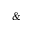
\&